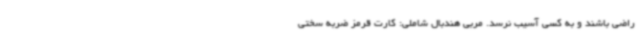
راضی باشند و به کسی آسیب نرسد. مربی هندبال شاملی: کارت قرمز ضربه سختی